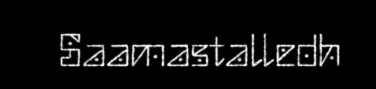
Saamastalledh